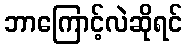
ဘာကြောင့်လဲဆိုရင်